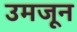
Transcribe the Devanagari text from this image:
उमजून